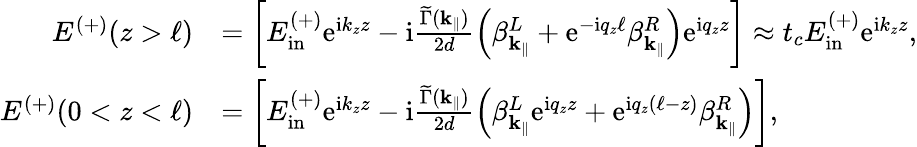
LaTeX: \begin{array}{rl}{E^{(+)}(z>\ell)}&{=\left[E_{\mathrm{in}}^{(+)}\mathrm{e}^{\mathrm{i}k_{z}z}-\mathrm{i}\frac{\widetilde\Gamma(\mathbf{k}_{\parallel})}{2d}\left(\beta_{\mathbf{k}_{\parallel}}^{L}+\mathrm{e}^{-\mathrm{i}q_{z}\ell}\beta_{\mathbf{k}_{\parallel}}^{R}\right)\mathrm{e}^{\mathrm{i}q_{z}z}\right]\approx t_{c}E_{\mathrm{in}}^{(+)}\mathrm{e}^{\mathrm{i}k_{z}z},}\\ {E^{(+)}(0<z<\ell)}&{=\left[E_{\mathrm{in}}^{(+)}\mathrm{e}^{\mathrm{i}k_{z}z}-\mathrm{i}\frac{\widetilde\Gamma({\mathbf{k}_{\parallel}})}{2d}\left(\beta_{\mathbf{k}_{\parallel}}^{L}\mathrm{e}^{\mathrm{i}q_{z}z}+\mathrm{e}^{\mathrm{i}q_{z}(\ell-z)}\beta_{\mathbf{k}_{\parallel}}^{R}\right)\right],}\end{array}